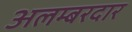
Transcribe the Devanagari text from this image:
अलम्बरदार